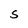
Character: S